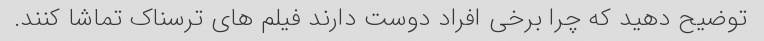
توضیح دهید که چرا برخی افراد دوست دارند فیلم های ترسناک تماشا کنند.